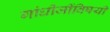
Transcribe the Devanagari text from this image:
गांधीजींविषयी